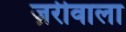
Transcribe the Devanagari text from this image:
ज़रीवाला